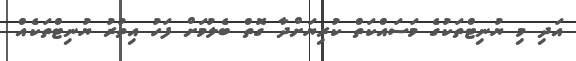
އަދި މި ޔުނިޓްތަކުގެ މަސައްކަތް ކުރިޔަށްދާ ގޮތް ބެލުމަށް ފަހު އިތުރު ޔުނިޓްތަކެއް